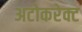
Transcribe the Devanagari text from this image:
अटोकरेक्ट